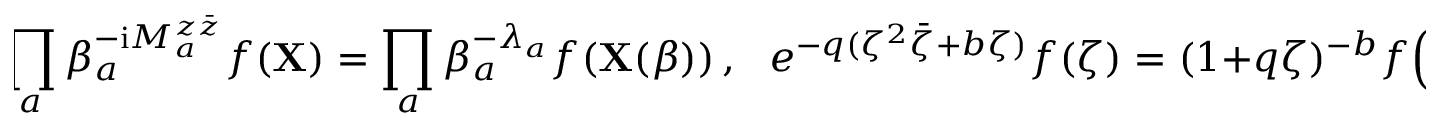
\! \! \prod _ { a } \beta _ { a } ^ { - \mathrm { i } M _ { a } ^ { z \bar { z } } } f ( { \bf X } ) = \prod _ { a } \beta _ { a } ^ { - \lambda _ { a } } f ( { \bf X } ( \beta ) ) \, , \quad \! \! e ^ { - q ( \zeta ^ { 2 } \bar { \zeta } + b \zeta ) } f ( \zeta ) = ( 1 + q \zeta ) ^ { - b } f \Bigl ( \frac { \zeta } { 1 + q \zeta } \Bigr ) \, ,